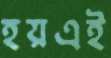
হয়এই